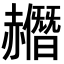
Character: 𧹿